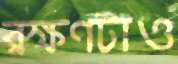
রক্ষণটাও